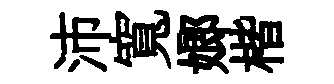
沛寬嫏楷